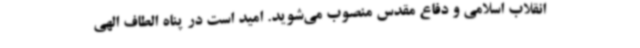
انقلاب اسلامی و دفاع مقدس منصوب می‌شوید. امید است در پناه الطاف الهی